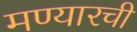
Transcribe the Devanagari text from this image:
मण्यारची